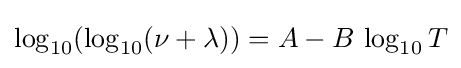
\log _{10}(\log _{10}(\nu +\lambda ))=A-B\,\log _{10}T